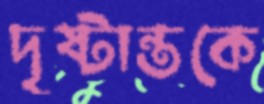
দৃষ্টান্তকে